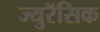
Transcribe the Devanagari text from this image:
ज्युरॅसिक